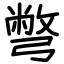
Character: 彆